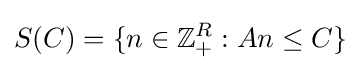
S(C)=\{n\in \mathbb {Z} _{+}^{R}:An\leq C\}